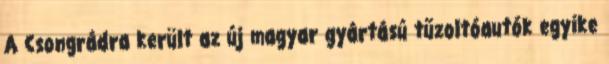
A Csongrádra került az új magyar gyártású tűzoltóautók egyike